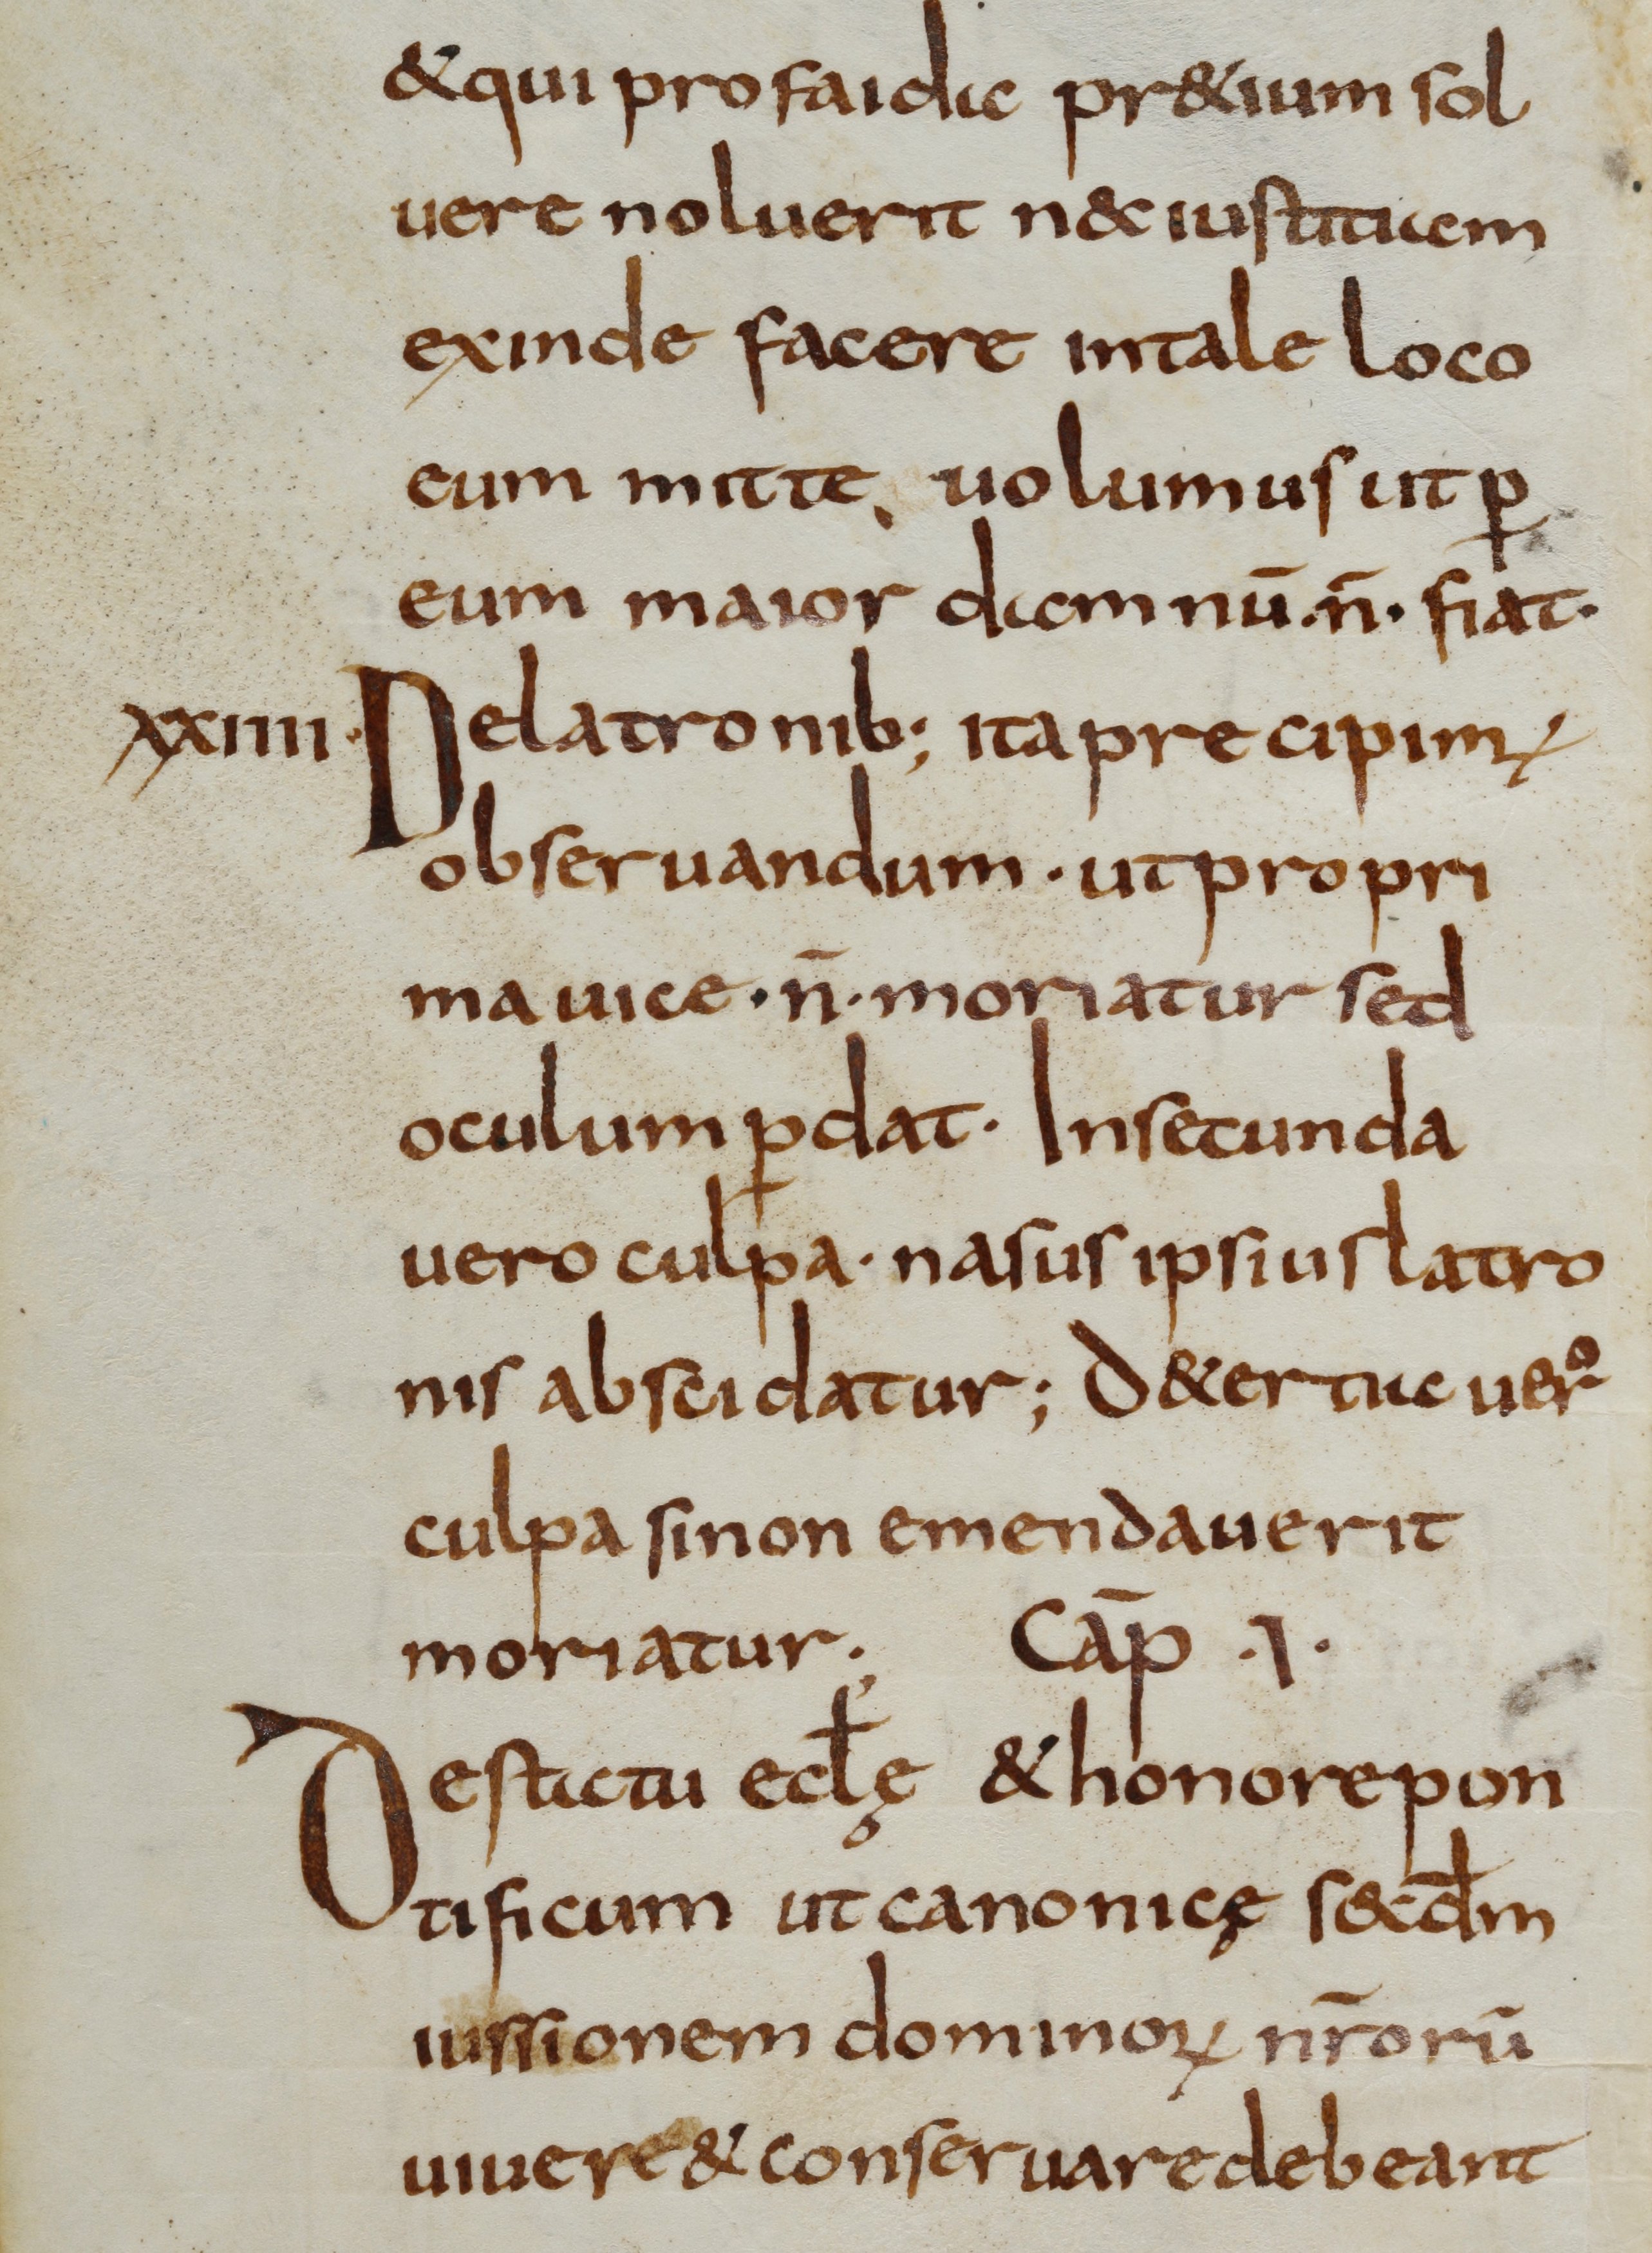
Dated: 800–825